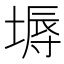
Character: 𡏌